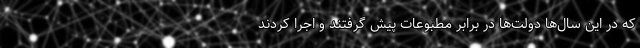
که در این سال‌ها دولت‌ها در برابر مطبوعات پیش گرفتند و اجرا کردند